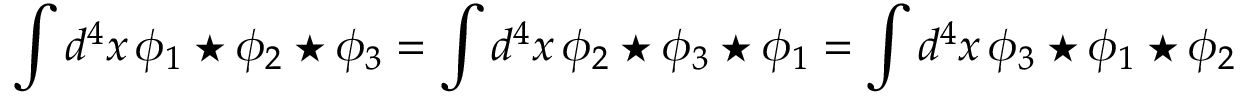
\int d ^ { 4 } x \, \phi _ { 1 } \star \phi _ { 2 } \star \phi _ { 3 } = \int d ^ { 4 } x \, \phi _ { 2 } \star \phi _ { 3 } \star \phi _ { 1 } = \int d ^ { 4 } x \, \phi _ { 3 } \star \phi _ { 1 } \star \phi _ { 2 }